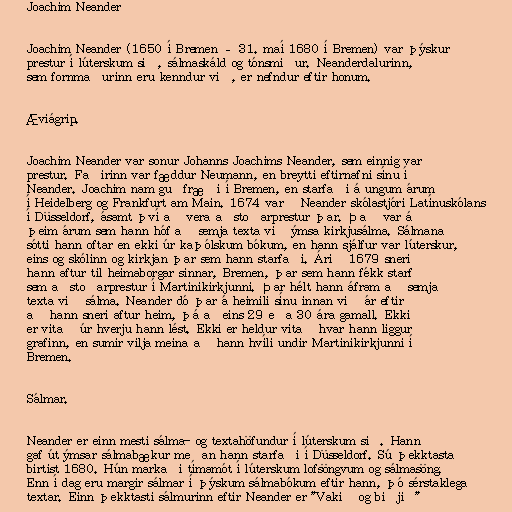
Joachim Neander

Joachim Neander (1650 í Bremen – 31. maí 1680 í Bremen) var þýskur
prestur í lúterskum sið, sálmaskáld og tónsmiður. Neanderdalurinn,
sem fornmaðurinn eru kenndur við, er nefndur eftir honum.

Æviágrip.

Joachim Neander var sonur Johanns Joachims Neander, sem einnig var
prestur. Faðirinn var fæddur Neumann, en breytti eftirnafni sínu í
Neander. Joachim nam guðfræði í Bremen, en starfaði á ungum árum
í Heidelberg og Frankfurt am Main. 1674 varð Neander skólastjóri Latínuskólans
í Düsseldorf, ásamt því að vera aðstoðarprestur þar. Það var á
þeim árum sem hann hóf að semja texta við ýmsa kirkjusálma. Sálmana
sótti hann oftar en ekki úr kaþólskum bókum, en hann sjálfur var lúterskur,
eins og skólinn og kirkjan þar sem hann starfaði. Árið 1679 sneri
hann aftur til heimaborgar sinnar, Bremen, þar sem hann fékk starf
sem aðstoðarprestur í Martinikirkjunni. Þar hélt hann áfram að semja
texta við sálma. Neander dó þar á heimili sínu innan við ár eftir
að hann sneri aftur heim, þá aðeins 29 eða 30 ára gamall. Ekki
er vitað úr hverju hann lést. Ekki er heldur vitað hvar hann liggur
grafinn, en sumir vilja meina að hann hvíli undir Martinikirkjunni í
Bremen.

Sálmar.

Neander er einn mesti sálma- og textahöfundur í lúterskum sið. Hann
gaf út ýmsar sálmabækur meðan hann starfaði í Düsseldorf. Sú þekktasta
birtist 1680. Hún markaði tímamót í lúterskum lofsöngvum og sálmasöng.
Enn í dag eru margir sálmar í þýskum sálmabókum eftir hann, þó sérstaklega
textar. Einn þekktasti sálmurinn eftir Neander er "Vakið og biðjið"